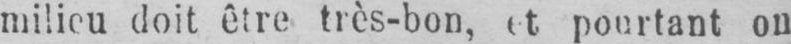
milieu doit être très-bon, et pourtant ou